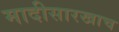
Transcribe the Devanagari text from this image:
मादीसारखाच